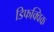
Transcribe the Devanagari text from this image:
डिफक्विक